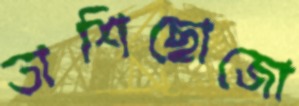
তাশিছোজো